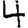
Digit: 4